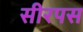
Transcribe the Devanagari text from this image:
सीरपस